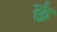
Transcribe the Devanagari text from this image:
छं